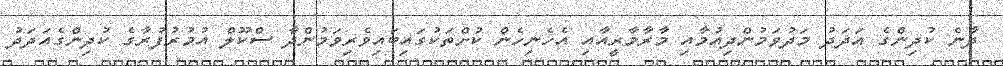
ދާނެ ކުދިންގެ އަދަދު މަދުވަމުންދިއުމާއި މާރާމާރީއާއި އެހެނިހެން ކުށްތަކުގައިބައިވެރިވަމުންދާ ސްކޫލް އުމުރުފުރާގެ ކުދިންގެއަދަދު